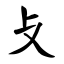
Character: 攴